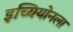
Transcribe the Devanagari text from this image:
इच्यियोनला